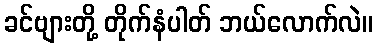
ခင်ဗျားတို့ တိုက်နံပါတ် ဘယ်လောက်လဲ။